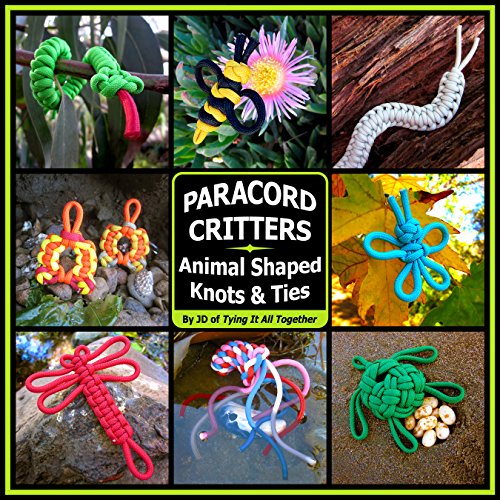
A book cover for Paracord Critters: Animal Shaped Knots and Ties; J.D. Lenzen; Crafts, Hobbies & Home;